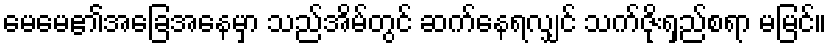
မေမေ၏အခြေအနေမှာ သည်အိမ်တွင် ဆက်နေရလျှင် သက်ဇိုးရှည်စရာ မမြင်။